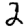
Digit: 2